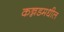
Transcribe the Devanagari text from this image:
कन्नडमधील